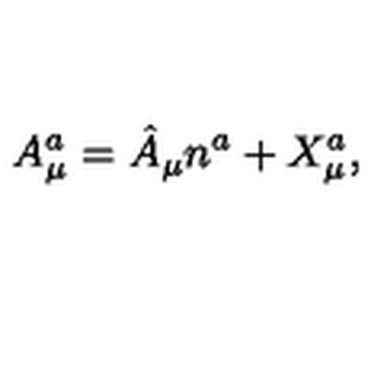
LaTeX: A _ { \mu } ^ { a } = \hat { A } _ { \mu } n ^ { a } + X _ { \mu } ^ { a } ,